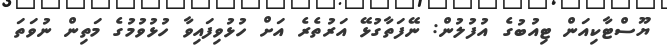
ޔޫސްޓާކިއަން ޓިއުބުގެ އުފުލުން: ނޭފަތާގުޅޭ އަރުތެރެ އަށް ހުޅުވިފައިވާ ހުޅުވުމުގެ މަތިން ނުވަތަ